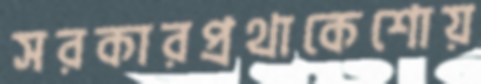
সরকারপ্রথাকেশোয়